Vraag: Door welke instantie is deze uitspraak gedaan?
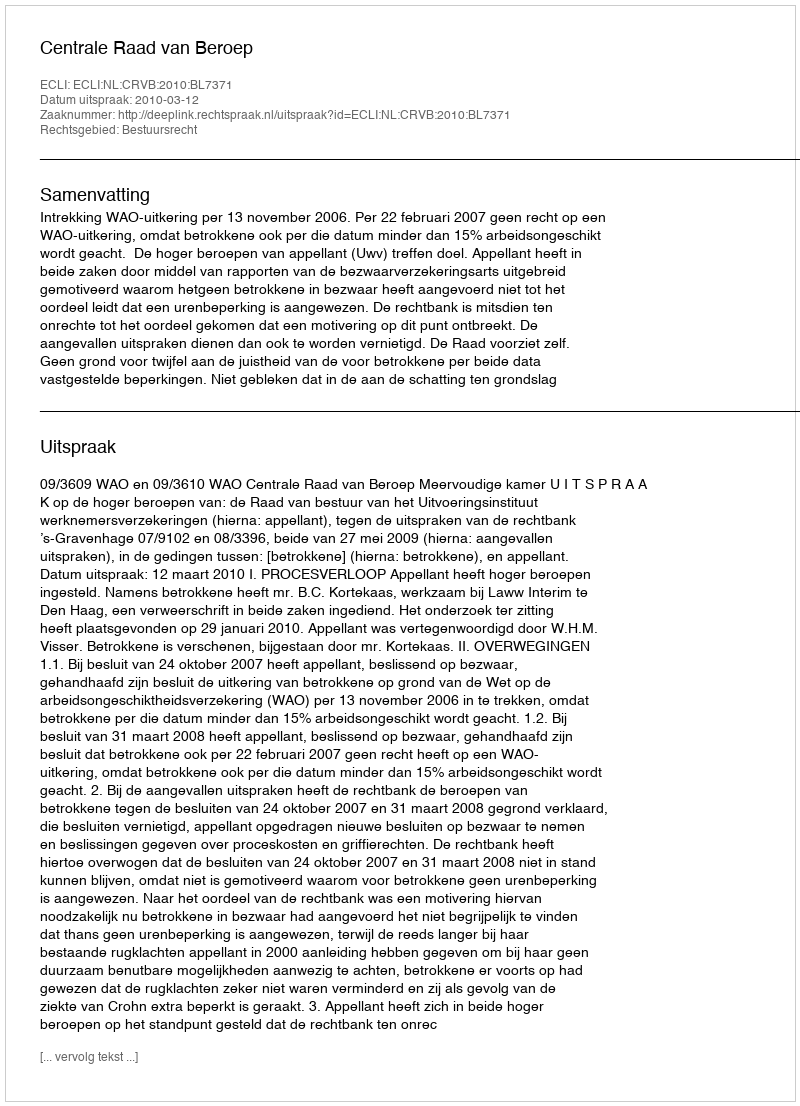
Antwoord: Centrale Raad van Beroep